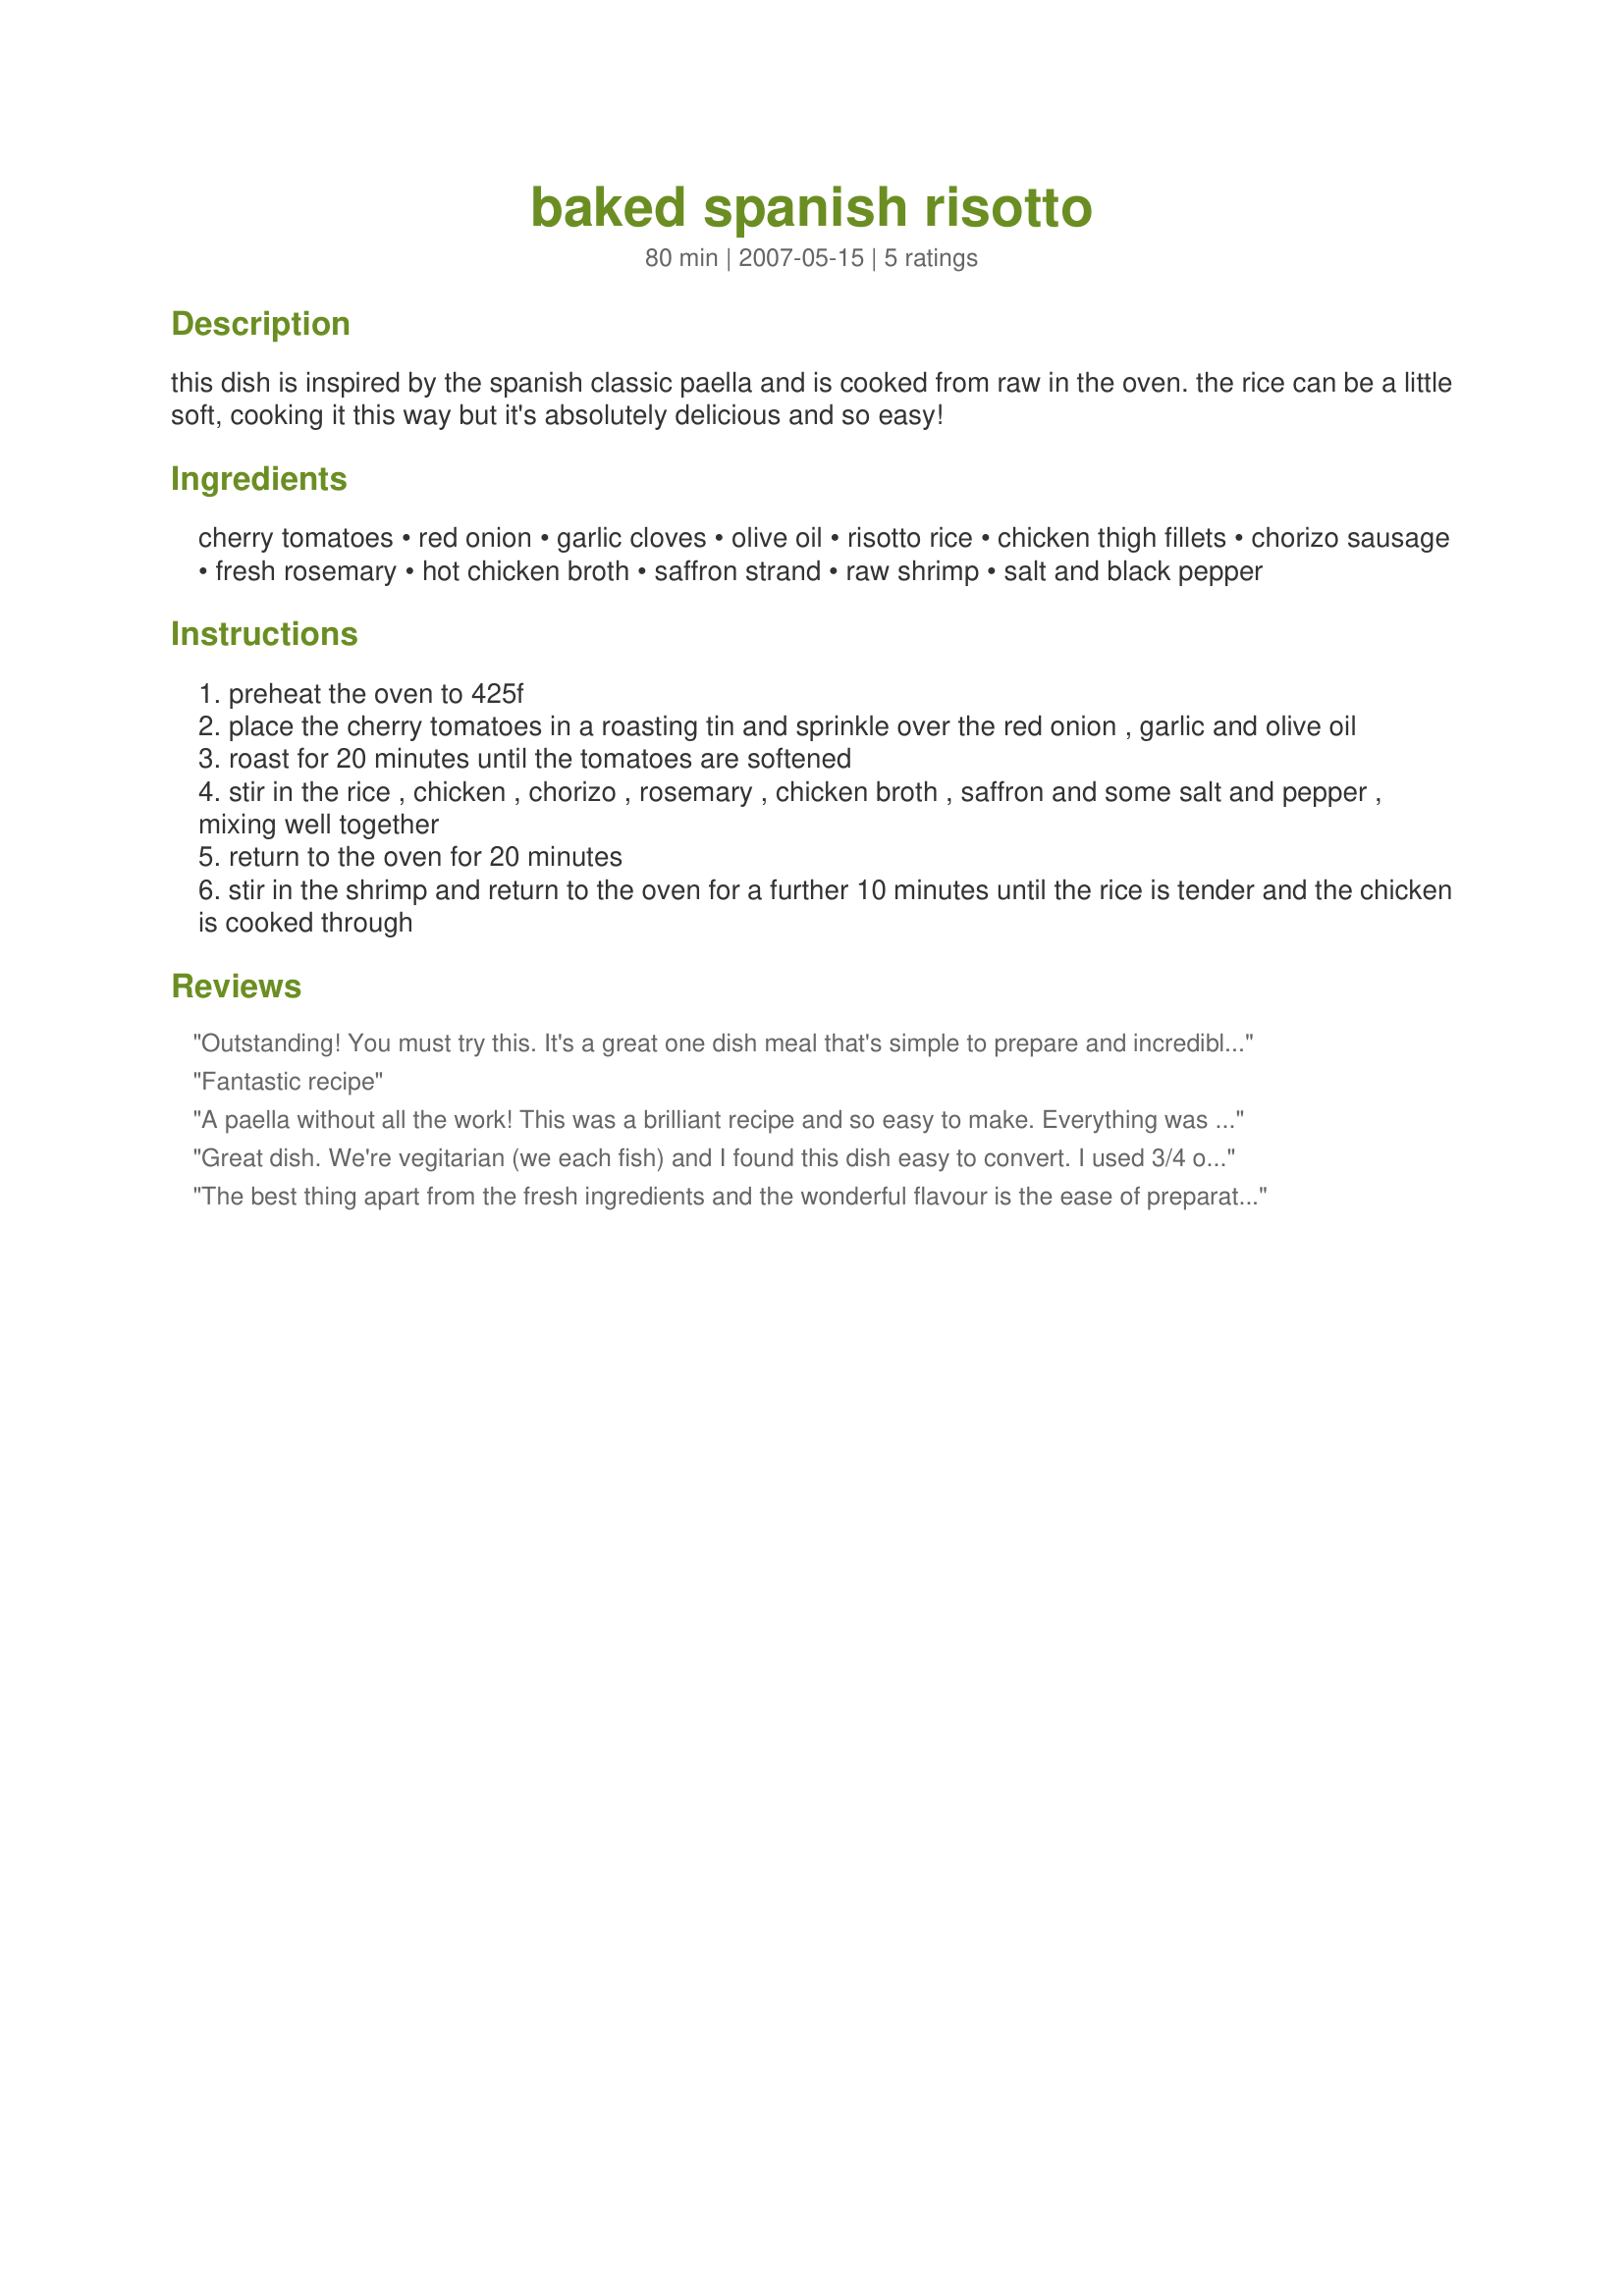
baked spanish risotto
Preparation time: 80 minutes

this dish is inspired by the spanish classic paella and is cooked from raw in the oven. the rice can be a little soft, cooking it this way but it's absolutely delicious and so easy!

Ingredients:
cherry tomatoes, red onion, garlic cloves, olive oil, risotto rice, chicken thigh fillets, chorizo sausage, fresh rosemary, hot chicken broth, saffron strand, raw shrimp, salt and black pepper

Steps:
preheat the oven to 425f
place the cherry tomatoes in a roasting tin and sprinkle over the red onion , garlic and olive oil
roast for 20 minutes until the tomatoes are softened
stir in the rice , chicken , chorizo , rosemary , chicken broth , saffron and some salt and pepper , mixing well together
return to the oven for 20 minutes
stir in the shrimp and return to the oven for a further 10 minutes until the rice is tender and the chicken is cooked through

Reviews:
Outstanding! You must try this. It's a great one dish meal that's simple to prepare and incredibly flavorful. Instead of chicken broth, I made vegetable broth from hot water and 4 tsps. of vegetable broth concentrate. I used frozen black tiger shrimp with the shells still on and they came out fine. I also had to cook the entire dish for 30 minutes in step 5, instead of 10 minutes for the liquid to be absorbed and the rice to be tender. Paella lovers rejoice. Thanks English Rose!
Fantastic recipe
A paella without all the work! This was a brilliant recipe and so easy to make. Everything was beautifully balanced and the instructions were clear and easy to follow.
Great dish. We're vegitarian (we each fish) and I found this dish easy to convert. I used 3/4 of a bag of Moringstar chicken strips chopped, 2 Tofurkey italian sausages sliced, Knorr Veggie broth in place of the chicken broth, and then I sliced up some shrimp. I also finished this dish on the stove top to control the doneness of the rice. I pulled it out when I added the shirmp and then finsihed it on the stove. This way I could add more broth or water to ensure that the rice was fully cooked. We'll be making this one again... and again... and ....
The best thing apart from the fresh ingredients and the wonderful flavour is the ease of preparation! Apart from the roasting of the tomatoes, there was no extra "cooking" -everything was thrown in raw and "voila" a meal appeared! My only criticism is that the cooking time of the rice took longer in my oven than the recipe but that was probably just due to it being a different oven!
